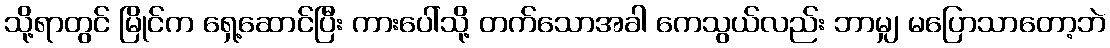
သို့ရာတွင် မြိုင်က ရှေ့ဆောင်ပြီး ကားပေါ်သို့ တက်သောအခါ ကေသွယ်လည်း ဘာမျှ မပြောသာတော့ဘဲ